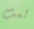
لست